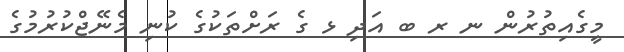
މީގެއިތުރުން ނ ރ ބ އަދި ޅ ގެ ރަށްތަކުގެ ކުނި މެނޭޖްކުރުމުގެ